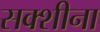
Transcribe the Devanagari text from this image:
सक्शीना